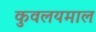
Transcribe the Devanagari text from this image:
कुवलयमाल